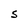
Character: S